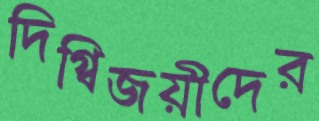
দিগ্বিজয়ীদের